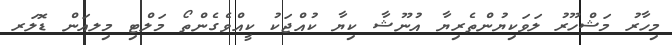
މިހާރު މަޝްހޫރު ލަވަކިޔުންތެރިޔާ އުނޫޝާ ކިޔާ ކުއްޖަކު ކީއްވެގެންތޯ މަލްޓި މިލއަން ޑޮލަރ